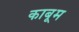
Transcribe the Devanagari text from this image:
काबूम